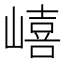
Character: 𡼎